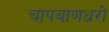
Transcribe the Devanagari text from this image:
चापबाणधरो